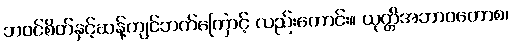
ဘဝင်စိတ်နှင့်ဆန့်ကျင်ဘက်ကြောင့် လည်းကောင်း။ ယုတ္တိအဘာဝတောစ၊